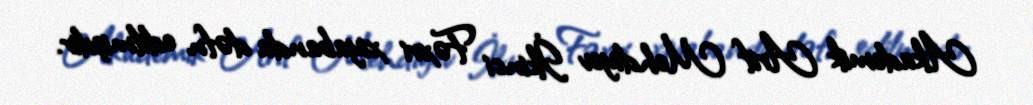
Akademik Arif Mehdiyev İkinci Fəxri xiyabanda dəfn edilmişdir.